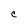
Character: C